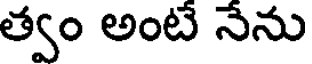
త్వం అంటే నేను